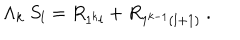
LaTeX: \Lambda _ { k } \ S _ { l } = R _ { 1 ^ { k } l } + R _ { 1 ^ { k - 1 } ( l + 1 ) } \ .